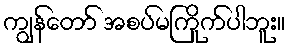
ကျွန်တော် အစပ်မကြိုက်ပါဘူး။